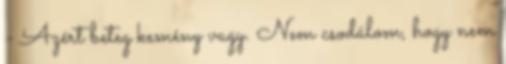
- Azért beteg kemény vagy. Nem csodálom, hogy nem